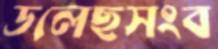
ডলেছসংব